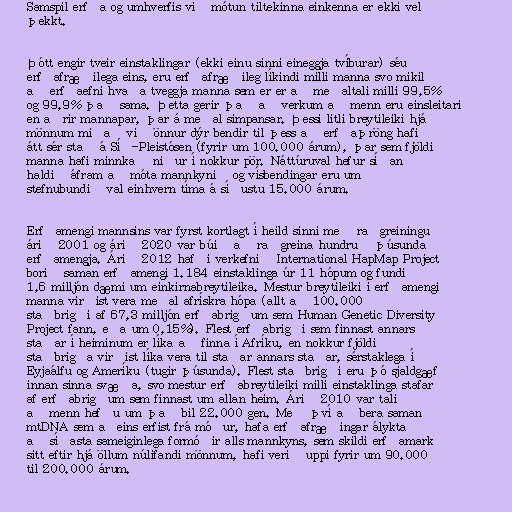
Samspil erfða og umhverfis við mótun tiltekinna einkenna er ekki vel
þekkt.

Þótt engir tveir einstaklingar (ekki einu sinni eineggja tvíburar) séu
erfðafræðilega eins, eru erfðafræðileg líkindi milli manna svo mikil
að erfðaefni hvaða tveggja manna sem er er að meðaltali milli 99,5%
og 99,9% það sama. Þetta gerir það að verkum að menn eru einsleitari
en aðrir mannapar, þar á meðal simpansar. Þessi litli breytileiki hjá
mönnum miðað við önnur dýr bendir til þess að erfðaþröng hafi
átt sér stað á Síð-Pleistósen (fyrir um 100.000 árum), þar sem fjöldi
manna hafi minnkað niður í nokkur pör. Náttúruval hefur síðan
haldið áfram að móta mannkynið og vísbendingar eru um
stefnubundið val einhvern tíma á síðustu 15.000 árum.

Erfðamengi mannsins var fyrst kortlagt í heild sinni með raðgreiningu
árið 2001 og árið 2020 var búið að raðgreina hundruð þúsunda
erfðamengja. Árið 2012 hafði verkefnið International HapMap Project
borið saman erfðamengi 1.184 einstaklinga úr 11 hópum og fundið
1,6 milljón dæmi um einkirnabreytileika. Mestur breytileiki í erfðamengi
manna virðist vera meðal afrískra hópa (allt að 100.000
staðbrigði af 67,3 milljón erfðabrigðum sem Human Genetic Diversity
Project fann, eða um 0,15%). Flest erfðabrigði sem finnast annars
staðar í heiminum er líka að finna í Afríku, en nokkur fjöldi
staðbrigða virðist líka vera til staðar annars staðar, sérstaklega í
Eyjaálfu og Ameríku (tugir þúsunda). Flest staðbrigði eru þó sjaldgæf
innan sinna svæða, svo mestur erfðabreytileiki milli einstaklinga stafar
af erfðabrigðum sem finnast um allan heim. Árið 2010 var talið
að menn hefðu um það bil 22.000 gen. Með því að bera saman
mtDNA sem aðeins erfist frá móður, hafa erfðafræðingar ályktað
að síðasta sameiginlega formóðir alls mannkyns, sem skildi erfðamark
sitt eftir hjá öllum núlifandi mönnum, hafi verið uppi fyrir um 90.000
til 200.000 árum.